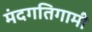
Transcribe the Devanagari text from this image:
मंदगतिगामी